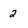
Character: 2